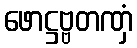
ဖောဋ္ဌဗ္ဗတဏှံ